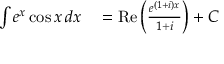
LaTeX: \begin{array} { r l } { \int e ^ { x } \cos x \, d x } & { { } = \operatorname { R e } \left( { \frac { e ^ { ( 1 + i ) x } } { 1 + i } } \right) + C } \end{array}